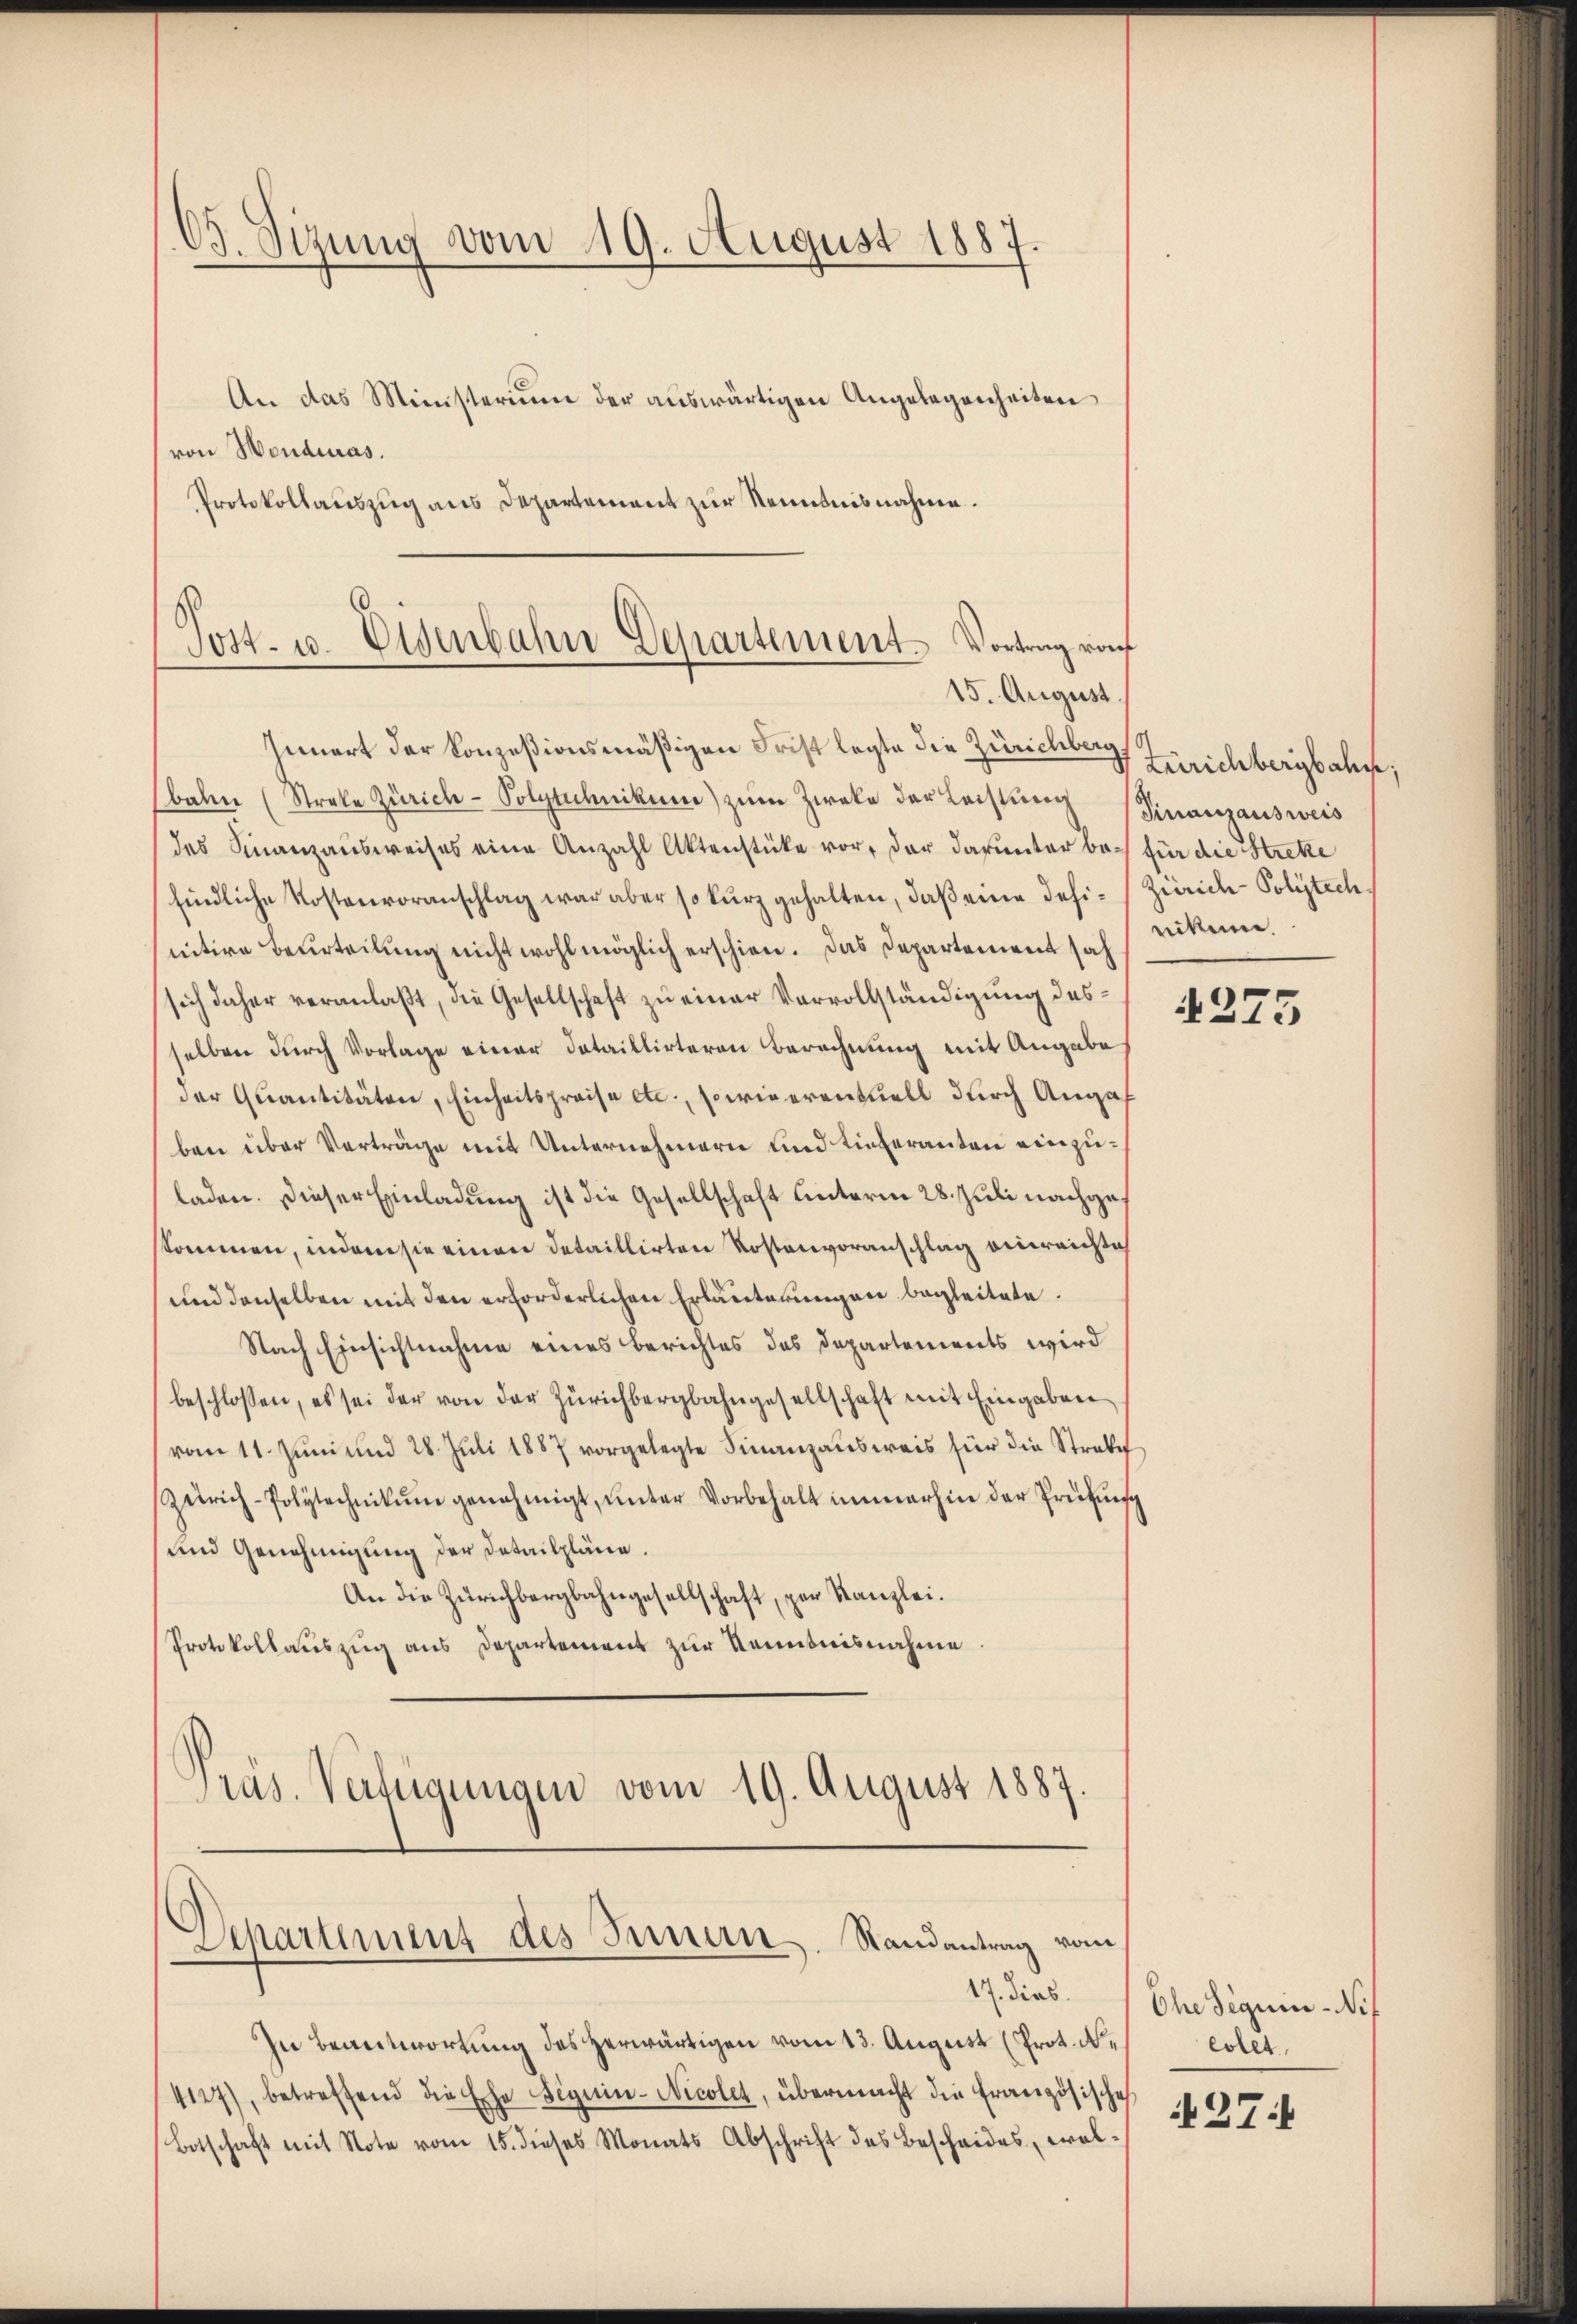
An das Ministerium der auswärtigen Angelegenheiten
von Wenduras.
Protokollauszug aus Departement zur Kenntnisnahme.

C. Sizung vom 19. August 1887

Post- u. Eisenbahn Departement. Vortrag von
15. August

Innert der konzesionsmäßigen Frist legte die Zürichberg
balen (Streke Zürich- Polytechnikum) zŭm Zweke der Leistung Finanzausweis
des Finanzausweises eine Anzahl Aktenstücke vor, der darunter be- für die Streke
findliche Kostenvoranschlag war aber so kurz gehalten, daß eine defi-Zürich-Polytech
nitive Beurteilung nicht wohl möglich erschien. Das Departement sah
sich daher veranlaßt, die Gesellschaft zu einer Vervollständigung desselben durch Vorlage einer dataillirteren Berechnung mit Angabe
der Quantitäten, Einheitspreise etc., sowie eventuell durch Angaf
ben über Verträge mit Unternehmern und tieferanten einzuladen. Dieser Einladung ist die Gesellschaft unterm 28. Juli nachgeskommen, indem sie einen detaillirten Kostenvoranschlag einreichte
und denselben mit den erforderlichen Erläuterungen begleitete.
Nach Einsichtnahme eines Berichtes des Departements wird
beschlossen, es sei der von der Zürichbergbahngesellschaft mit Eingaben
vom 11. Jŭni und 28. Juli 1887 vorgelegte Finanzausweis für die Strabe
Zürich-Polytechnikum genehmigt, ŭnter Vorbehalt immerhin der Prüfung
und Genehmigung der Detailpläne.
An die Zürichbergbahngesellschaft, zur Kanzlei.
Protokollauszug aus Departement zur Kenntnisnahme
Präs. Verfügungen vom 19. August 1887

Departement des Innern. Randantrag vom

17. dies
In Beantwortung des herwärtigen vom 13. August (Prot. N.
4127), betreffend die Ehe seguin-Nicolet, übermacht die französische
Botschaft mit Note vom 15. dieses Monats Abschrift des Bescheides, wol¬

Zeirichbergbahn
ekenne.

4275

Ohe seguin-Nif
colet.
27: